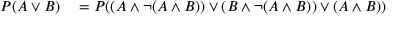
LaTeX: \begin{array} { r l } { P ( A \lor B ) } & { { } = P ( ( A \land \neg ( A \land B ) ) \lor ( B \land \neg ( A \land B ) ) \lor ( A \land B ) ) } \end{array}